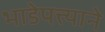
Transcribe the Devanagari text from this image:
भाडेपत्त्याने